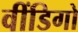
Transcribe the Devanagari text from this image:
वींडिगो